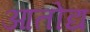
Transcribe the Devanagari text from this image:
आतोद्य